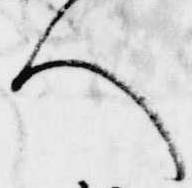
人